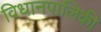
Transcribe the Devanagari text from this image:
विधानपालिकी